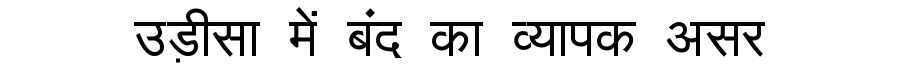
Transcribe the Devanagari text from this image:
उड़ीसा में बंद का व्यापक असर